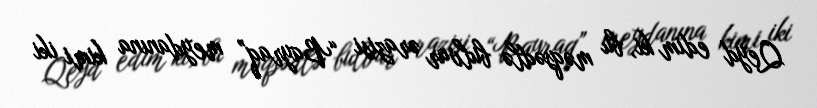
Qeyd edim ki, bu məqsədlə bulvar ərazisi “Bayraq” meydanına kimi iki